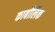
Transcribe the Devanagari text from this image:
कार्बोंलिक